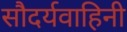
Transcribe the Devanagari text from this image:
सौदर्यवाहिनी